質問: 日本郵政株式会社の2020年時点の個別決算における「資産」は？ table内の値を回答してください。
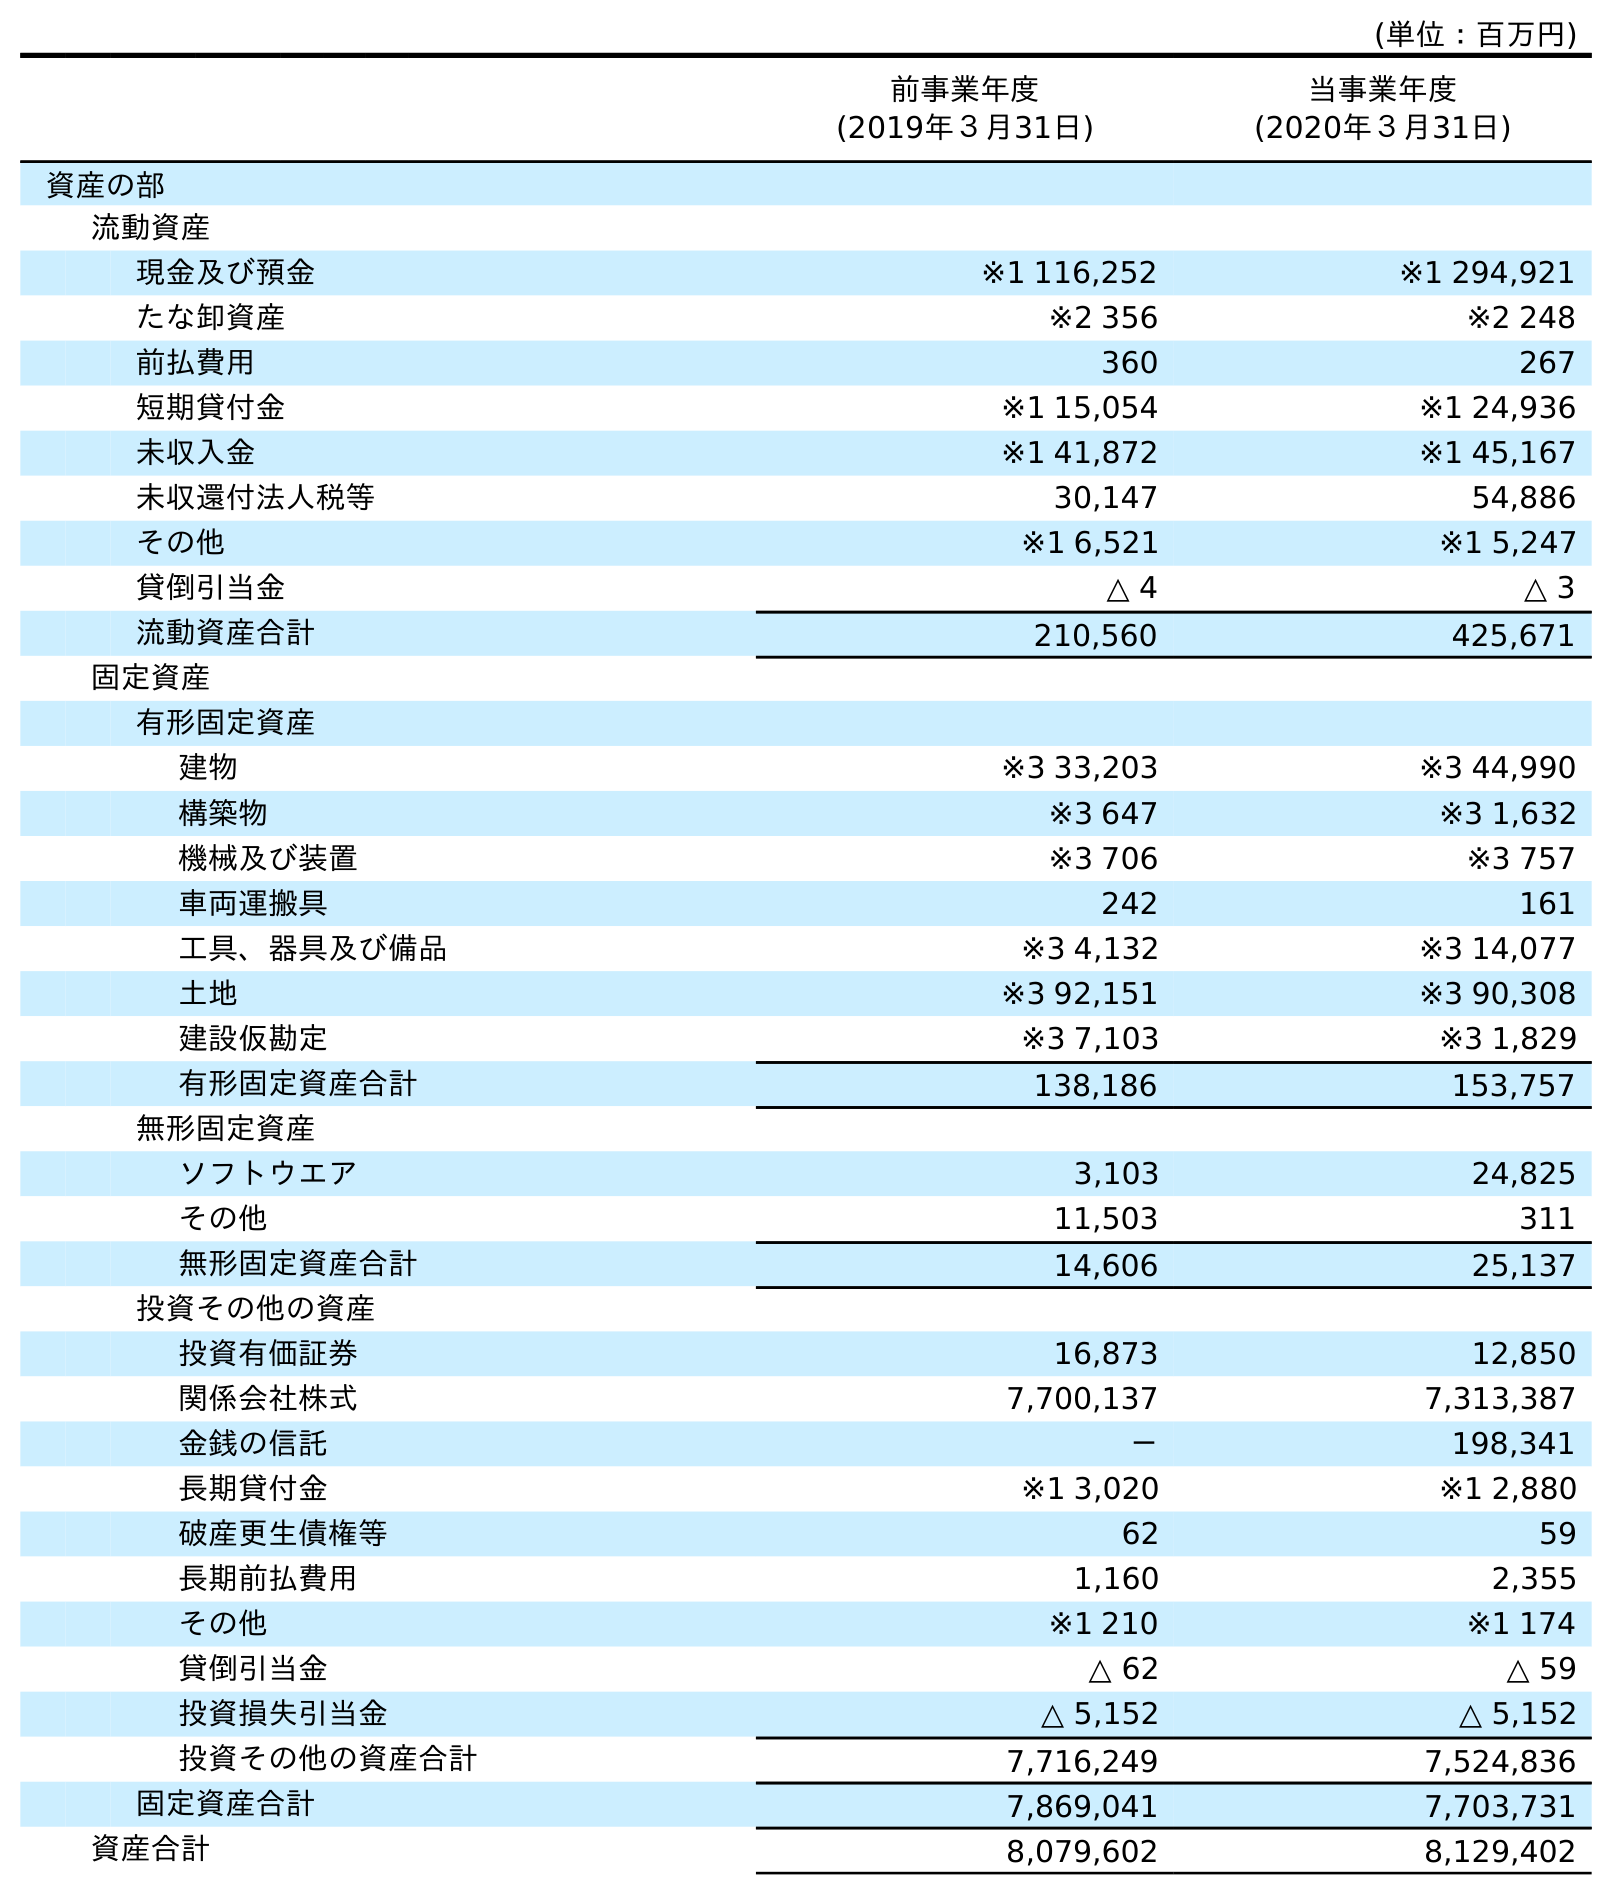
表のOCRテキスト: (単位：百万円) 前事業年度 (2019年３月31日) 当事業年度 (2020年３月31日) 資産の部 流動資産 現金及び預金 ※1 116,252 ※1 294,921 たな卸資産 ※2 356 ※2 248 前払費用 360 267 短期貸付金 ※1 15,054 ※1 24,936 未収入金 ※1 41,872 ※1 45,167 未収還付法人税等 30,147 54,886 その他 ※1 6,521 ※1 5,247 貸倒引当金 △ 4 △ 3 流動資産合計 210,560 425,671 固定資産 有形固定資産 建物 ※3 33,203 ※3 44,990 構築物 ※3 647 ※3 1,632 機械及び装置 ※3 706 ※3 757 車両運搬具 242 161 工具、器具及び備品 ※3 4,132 ※3 14,077 土地 ※3 92,151 ※3 90,308 建設仮勘定 ※3 7,103 ※3 1,829 有形固定資産合計 138,186 153,757 無形固定資産 ソフトウエア 3,103 24,825 その他 11,503 311 無形固定資産合計 14,606 25,137 投資その他の資産 投資有価証券 16,873 12,850 関係会社株式 7,700,137 7,313,387 金銭の信託 － 198,341 長期貸付金 ※1 3,020 ※1 2,880 破産更生債権等 62 59 長期前払費用 1,160 2,355 その他 ※1 210 ※1 174 貸倒引当金 △ 62 △ 59 投資損失引当金 △ 5,152 △ 5,152 投資その他の資産合計 7,716,249 7,524,836 固定資産合計 7,869,041 7,703,731 資産合計 8,079,602 8,129,402
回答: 8,129,402